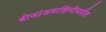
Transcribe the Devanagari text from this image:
बीजांडवाहिनीपर्यंत